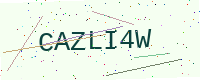
Text: CAZLI4W